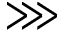
\ggg